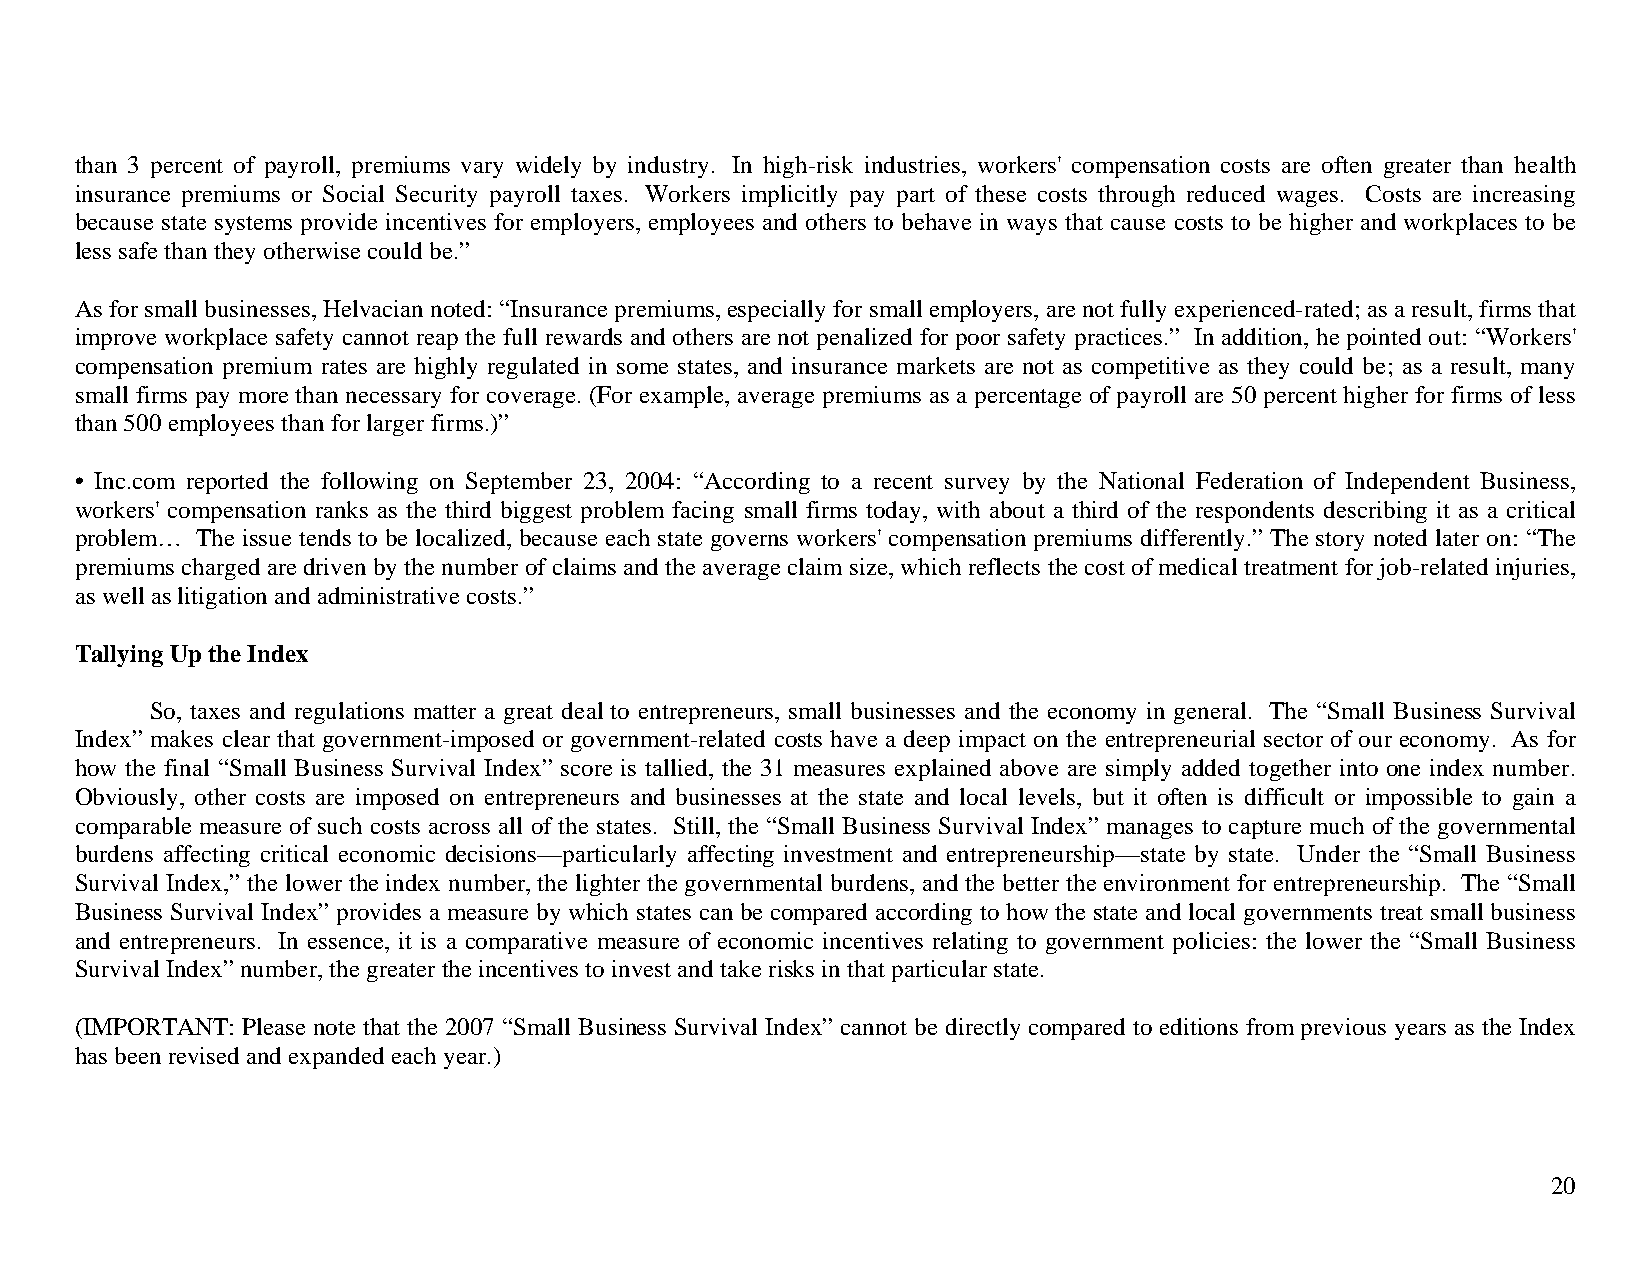
than 3 percent of payroll, premiums vary widely by industry. In high-risk industries, workers' compensation costs are often greater than health
 insurance premiums or Social Security payroll taxes. Workers implicitly pay part of these costs through reduced wages. Costs are increasing
 because state systems provide incentives for employers, employees and others to behave in ways that cause costs to be higher and workplaces to be
 less safe than they otherwise could be.”
 As for small businesses, Helvacian noted: “Insurance premiums, especially for small employers, are not fully experienced-rated; as a result, firms that
 improve workplace safety cannot reap the full rewards and others are not penalized for poor safety practices.” In addition, he pointed out: “Workers'
 compensation premium rates are highly regulated in some states, and insurance markets are not as competitive as they could be; as a result, many
 small firms pay more than necessary for coverage. (For example, average premiums as a percentage of payroll are 50 percent higher for firms of less
 than 500 employees than for larger firms.)”
 • Inc.com reported the following on September 23, 2004: “According to a recent survey by the National Federation of Independent Business,
 workers' compensation ranks as the third biggest problem facing small firms today, with about a third of the respondents describing it as a critical
 problem… The issue tends to be localized, because each state governs workers' compensation premiums differently.” The story noted later on: “The
 premiums charged are driven by the number of claims and the average claim size, which reflects the cost of medical treatment for job-related injuries,
 as well as litigation and administrative costs.”
 Tallying Up the Index
 So, taxes and regulations matter a great deal to entrepreneurs, small businesses and the economy in general. The “Small Business Survival
 Index” makes clear that government-imposed or government-related costs have a deep impact on the entrepreneurial sector of our economy. As for
 how the final “Small Business Survival Index” score is tallied, the 31 measures explained above are simply added together into one index number.
 Obviously, other costs are imposed on entrepreneurs and businesses at the state and local levels, but it often is difficult or impossible to gain a
 comparable measure of such costs across all of the states. Still, the “Small Business Survival Index” manages to capture much of the governmental
 burdens affecting critical economic decisions—particularly affecting investment and entrepreneurship—state by state. Under the “Small Business
 Survival Index,” the lower the index number, the lighter the governmental burdens, and the better the environment for entrepreneurship. The “Small
 Business Survival Index” provides a measure by which states can be compared according to how the state and local governments treat small business
 and entrepreneurs. In essence, it is a comparative measure of economic incentives relating to government policies: the lower the “Small Business
 Survival Index” number, the greater the incentives to invest and take risks in that particular state.
 (IMPORTANT: Please note that the 2007 “Small Business Survival Index” cannot be directly compared to editions from previous years as the Index
 has been revised and expanded each year.)
 20